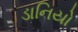
ડાનિયો